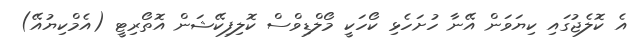
އެ ކޮލެޖުގައި ކިޔަވަން އޭނާ ހުށަހެޅި ކޯހަކީ މޯލްޑިވްސް ކޮލިފިކޭޝަން އޮތޯރިޓީ (އެމްކިޔުއޭ)